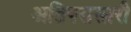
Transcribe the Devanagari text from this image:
अतिपरासारी